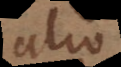
alio